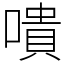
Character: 嘳